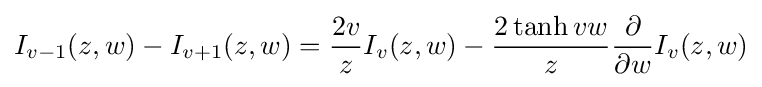
I_{v-1}(z,w)-I_{v+1}(z,w)={\dfrac {2v}{z}}I_{v}(z,w)-{\dfrac {2\tanh vw}{z}}{\dfrac {\partial }{\partial w}}I_{v}(z,w)